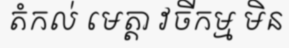
តំកល់ មេត្តា វចីកម្ម មិន